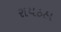
રાયઠઠા